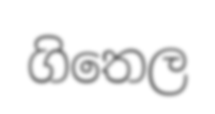
ගිතෙල